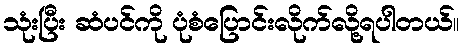
သုံးပြီး ဆံပင်ကို ပုံစံပြောင်းလိုက်လို့ရပါတယ်။